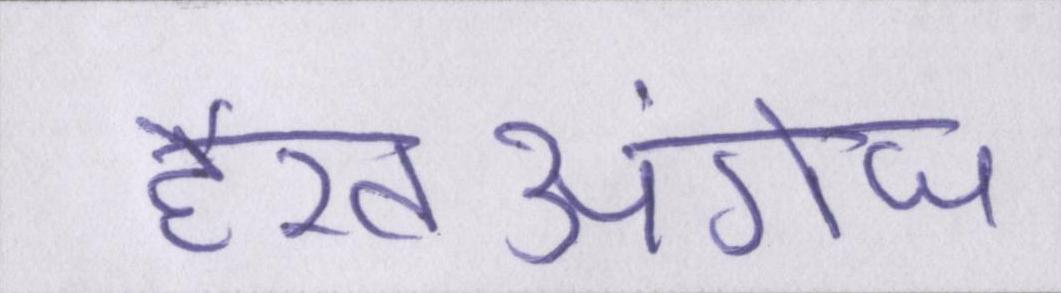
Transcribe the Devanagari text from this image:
हैरतअंगेज